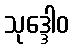
သုဒ္ဒေါဝ